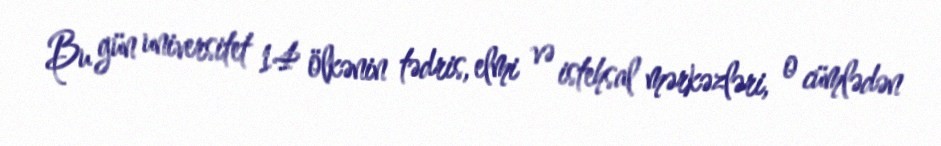
Bu gün universitet 14 ölkənin tədris, elmi və istehsal mərkəzləri, o cümlədən